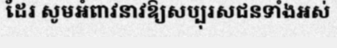
ដែរ សូមអំពាវនាវឱ្យសប្បុរសជនទាំងអស់